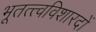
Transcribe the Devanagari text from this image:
भूतत्त्वविशारदों